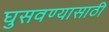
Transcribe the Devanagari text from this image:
घुसवण्यासाठी